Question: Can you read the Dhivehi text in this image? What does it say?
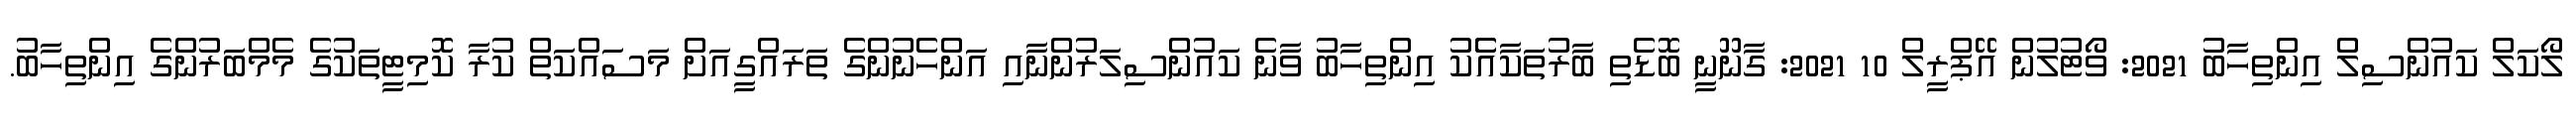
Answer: ލޯކަލް ކައުންސިލް އިންތިހާބު 2021: ވޯޓުލުން އޭޕްރީލް 10 2021: ގާނޫނީ ބޮޑެތި ބާރުތަކާއެެކު އިންތިހާބު ވާނެ ކައުންސިލަރުންނާއި އަންހެނުންގެ ތަރައްގީއަށް މަސައްކަތް ކުރާ ކޮމިޓީތަކުގެ މެމްބަރުންގެ އިންތިހާބު.